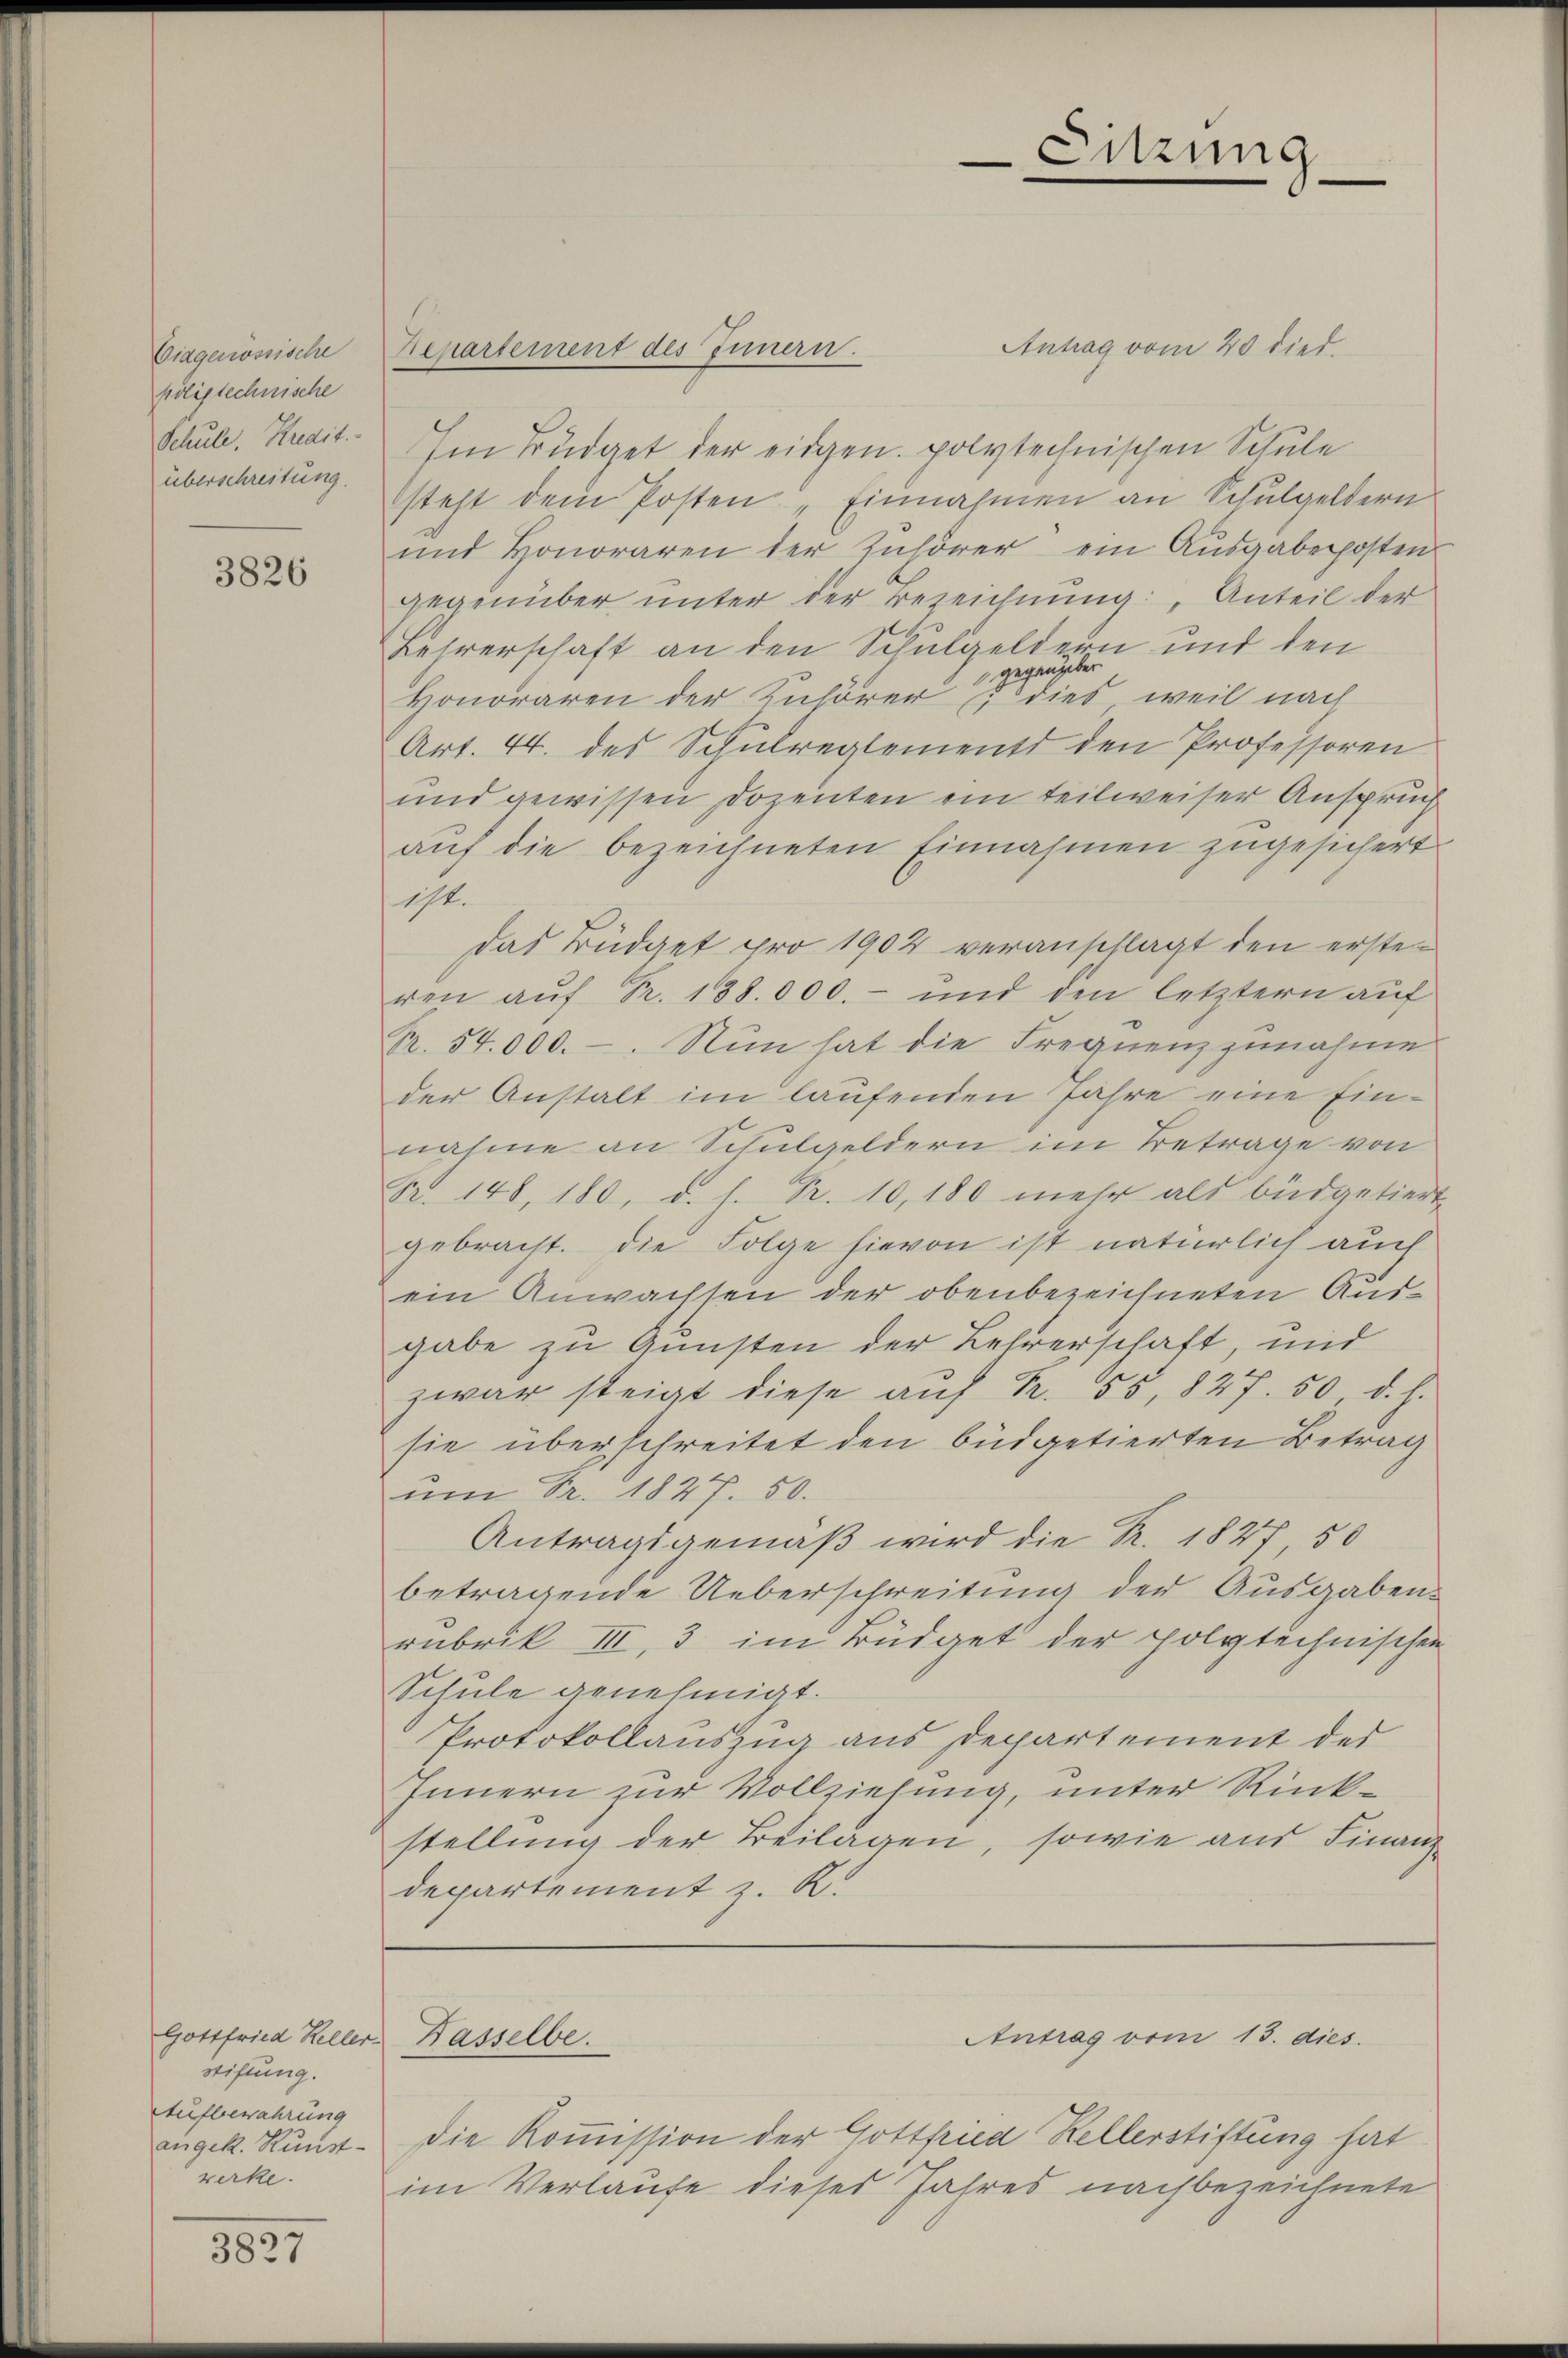
Eidgenössische
pöligtechnische
Schule, Kredit.
überschreitung.

3826

Gottfried Keller-
stiftung.
Aufbewahrung
angek. Kunst-
werke.

3827

Antrag vom 20 died.
Im Büdget der eidgen. polytechnischen Schule
steht dem Posten " Einnahmen an Schulgeldern
und Honoraren der Zuhörer ein Aŭsgabeposten
gegenüber unter der Bezeichnung: Anteil der
Lehrerschaft an den Schulgeldern und den
gegen.
Honoraren der Zuhörer dies, weil nach
Art. 44. des Schulreglements den Professoren
und gewissen Dozenten ein teilweiser Anspruch
auf die bezeichneten Einnahmen zugesichert
194.
das Büdget pro 1902 veranschlagt den ersteren aŭf Fr. 188.000.- und den letztern auf
Pr. 54,000.-. Nun hat die Frequenz zunahme
der Anstalt im laufenden Jahre eine Einnahme an Schulgeldern im Betrage von
Nr. 148, 180, d. h. Nr. 10,180 mehr als büdgetiert
gebracht. Die Folge hievon ist natürlich auch
ein Anwachsen der obenbezeichneten Ausgabe zu Gunsten der Lehrerschaft, und
zwar steigt diese auf Nr. 55, 827. 50, d. h.
sie überschreitet den büdgetierten Betrag
um Fr. 1827. 50.
Antragsgemäß wird die R. 1827, 50
betragende Ueberschreitung der Ausgaben
rubrik III, 3 im Büdget der polytechnischen
Schule genehmigt.
Protokollauszug aus Departement der
Innern zur Vollziehung, unter Rinkstellung der Beilagen, sowie aus Finanz-
departement z. R.

Repartement des Innern.

Dasselbe.

Die Kommission der Gottfried Kellerstiftung hat
im Verlaufe dieses Jahres nachbezeichnete

Sitzung
.

Antrag vom 13. dies